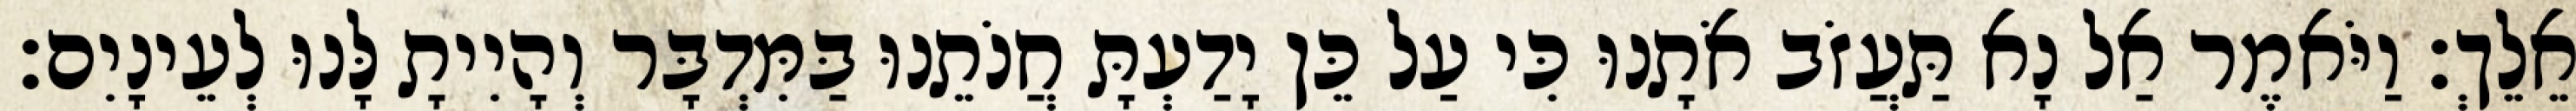
אֵלֵךְ׃ וַיֹּאמֶר אַל נָא תַּעֲזֹב אֹתָנוּ כִּי עַל כֵּן יָדַעְתָּ חֲנֹתֵנוּ בַּמִּדְבָּר וְהָיִיתָ לָּנוּ לְעֵינָיִם׃